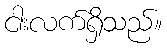
ငါးလက်ရှိသည်။